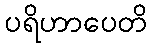
ပရိဟာပေတိ